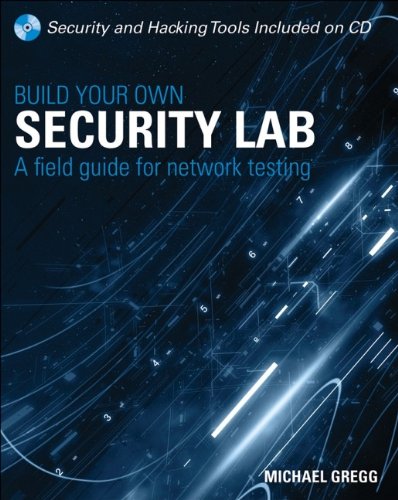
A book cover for Build Your Own Security Lab: A Field Guide for Network Testing; Michael Gregg; Computers & Technology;